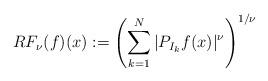
LaTeX: \begin{align*}RF_\nu(f)(x):=\left( \sum_{k=1}^N \vert P_{I_k}f(x) \vert ^\nu \right)^{1/\nu}\end{align*}